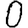
Digit: 0